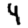
Digit: 4